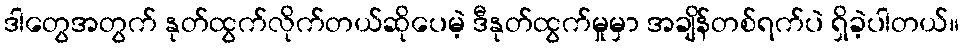
ဒါတွေအတွက် နုတ်ထွက်လိုက်တယ်ဆိုပေမဲ့ ဒီနုတ်ထွက်မှုမှာ အချိန်တစ်ရက်ပဲ ရှိခဲ့ပါတယ်။